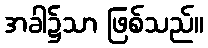
အခါ၌သာ ဖြစ်သည်။